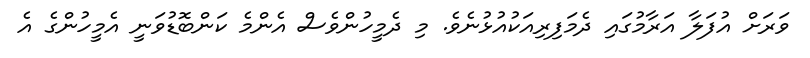
ވަރަށް އުފަލާ އަރާމުގައި ދެމަފިރިއަކުއުޅުނެވެ. މި ދެމީހުންވެސް އެންމެ ކަންބޮޑުވަނީ އެމީހުންގެ އެ